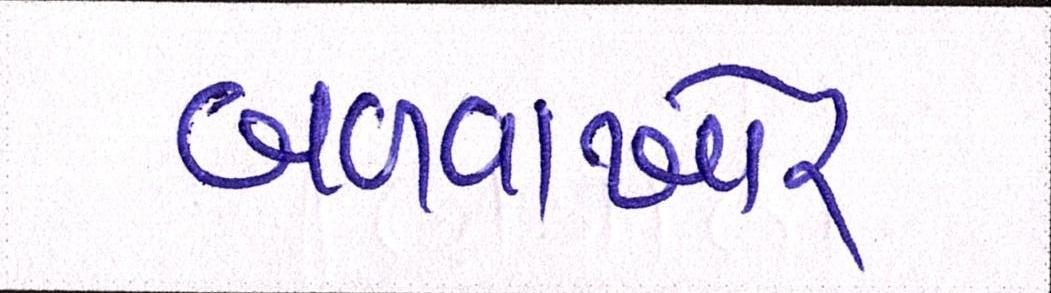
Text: બળવાખોર